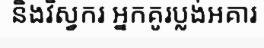
និងវិស្វករ អ្នកគូរប្លង់អគារ